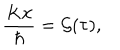
LaTeX: { \frac { K x } { \hbar } } = { \cal G } ( \tau ) ,